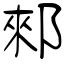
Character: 郲